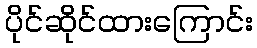
ပိုင်ဆိုင်ထားကြောင်း